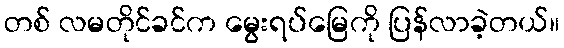
တစ် လမတိုင်ခင်က မွေးရပ်မြေကို ပြန်လာခဲ့တယ်။